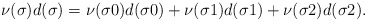
\begin{align*}\nu(\sigma)d(\sigma)=\nu(\sigma0)d(\sigma0)+\nu(\sigma1)d(\sigma1)+\nu(\sigma2)d(\sigma2).\end{align*}